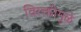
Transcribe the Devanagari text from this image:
विरक्तीमुळे